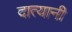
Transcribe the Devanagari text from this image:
दात्यानी